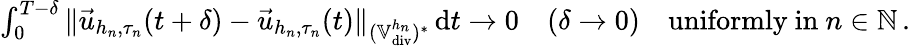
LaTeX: \begin{array}{r}{\int_{0}^{T-\delta}\| \vec{u}_{h_{n},\tau_{n}}(t+\delta)-\vec{u}_{h_{n},\tau_{n}}(t)\| _{(\mathbb{V}_{\textup{div}}^{h_{n}})^{*}}\, \mathrm{d}t\to 0\quad(\delta\to 0)\quad\mathrm{uniformly~in~}n\in\mathbb{N}\, .}\end{array}